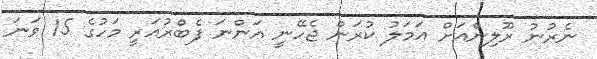
ނެރުނު ރޫލިންއަށް އަމަލު ކުރަން ޖެހޭނީ އަންނަ ފެބްރުއަރީ މަހުގެ 15 ވަނަ